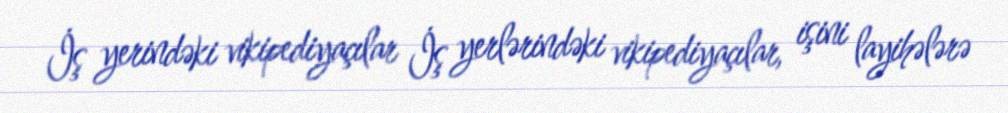
İş yerindəki vikipediyaçılar İş yerlərindəki vikipediyaçılar, işini layihələrə